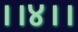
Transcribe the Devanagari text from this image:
।।४।।